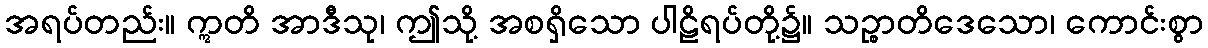
အရပ်တည်း။ ဣတိ အာဒီသု၊ ဤသို့ အစရှိသော ပါဠိရပ်တို့၌။ သဉ္စာတိဒေသော၊ ကောင်းစွာ